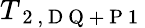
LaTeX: T_{\mathrm{~2~,~D~Q~+~P~1~}}